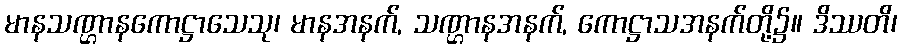
မာနသဏ္ဌာနကောဋ္ဌာသေသု၊ မာနအနက်, သဏ္ဌာနအနက်, ကောဋ္ဌာသအနက်တို့၌။ ဒိဿတိ၊